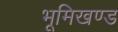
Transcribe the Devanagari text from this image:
भूमिखण्ड